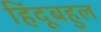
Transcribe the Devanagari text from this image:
हिंदूबहुल